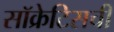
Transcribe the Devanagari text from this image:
सॉक्रेटिसची